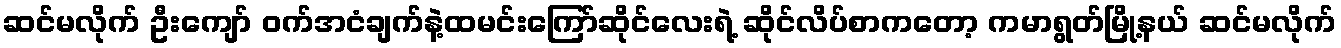
ဆင်မလိုက် ဦးကျော် ဝက်အငံချက်နဲ့ထမင်းကြော်ဆိုင်လေးရဲ့ ဆိုင်လိပ်စာကတော့ ကမာရွတ်မြို့နယ် ဆင်မလိုက်